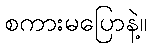
စကားမပြောနဲ့။